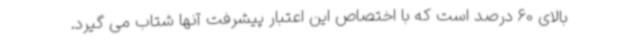
بالای 60 درصد است که با اختصاص این اعتبار پیشرفت آنها شتاب می گیرد.